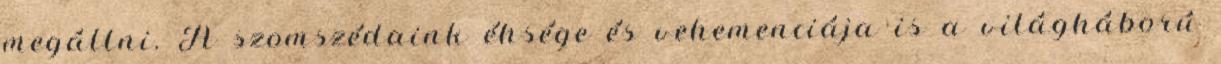
megállni. A szomszédaink éhsége és vehemenciája is a világháború